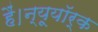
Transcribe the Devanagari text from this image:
हैं।न्यूयॉर्क